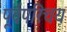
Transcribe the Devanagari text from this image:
पूर्वपरिचय